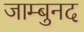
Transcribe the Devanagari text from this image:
जाम्बुनद